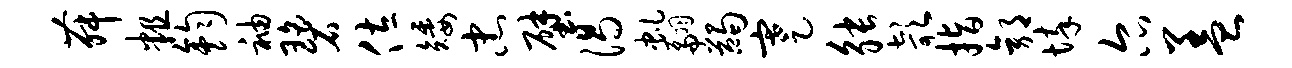
舞粗钧袖碧佐矮忠壁渴虬翩蠲蹇觖欹指郭悴尔盖